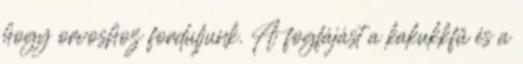
hogy orvoshoz forduljunk. A fogfájást a kakukkfű és a